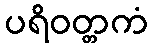
ပရိဝတ္တကံ